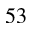
5 3